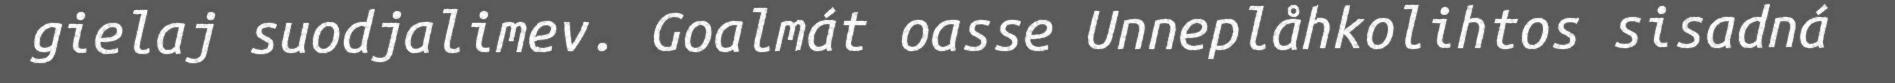
gielaj suodjalimev. Goalmát oasse Unneplåhkolihtos sisadná